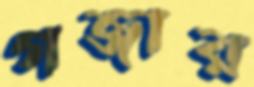
গজার